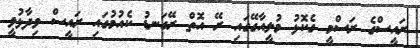
ރައީސްގެ ރަސްމީ ގެކޮޅު މުލީއާގޭގައި ރޭ އޮތް ރޭގަނޑު ކެއުމުގައި ރައީސް ވިދާޅުވީ